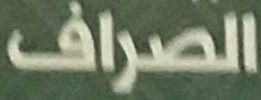
الصراف